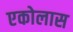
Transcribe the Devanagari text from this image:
एकोलास